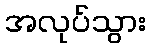
အလုပ်သွား